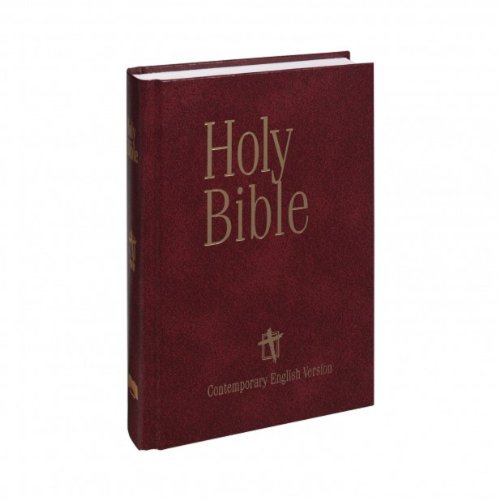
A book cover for Holy Bible, Contemporary English Version; American Bible Society; Christian Books & Bibles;